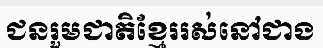
ជនរួមជាតិខ្មែររស់នៅជាង